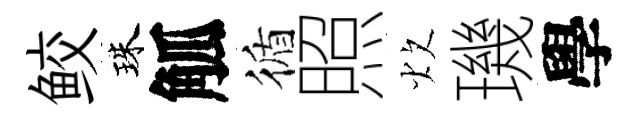
鲛珠觚循照炊璣學